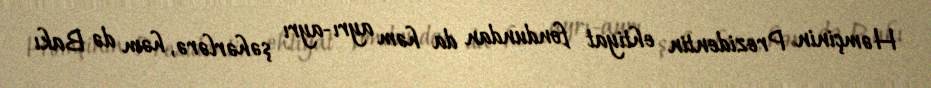
Həmçinin Prezidentin ehtiyat fondundan da həm ayrı-ayrı şəhərlərə, həm də Bakı